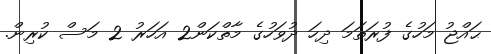
ޙައްޖު މަހުގެ ފުރަތަމަ ދިހަ ދުވަހުގެ މާތްކަން2 އަހަރު 2 މަސް ކުރިން.